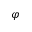
\boldsymbol \varphi